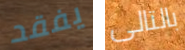
يفقد بالتالى